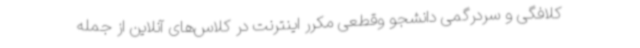
کلافگی و سردرگمی دانشجو وقطعی مکرر اینترنت در کلاس‌های آنلاین از جمله